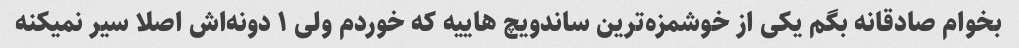
بخوام صادقانه بگم یکی از خوشمزه‌ترین ساندویچ هاییه که خوردم ولی ۱ دونه‌اش اصلا سیر نمیکنه